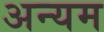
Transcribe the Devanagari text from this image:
अन्यम